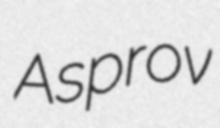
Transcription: Asprov